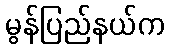
မွန်ပြည်နယ်က